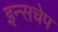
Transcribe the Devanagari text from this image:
इन्सचेप